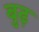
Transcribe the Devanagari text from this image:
बुढ़